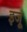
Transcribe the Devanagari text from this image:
इजू